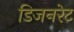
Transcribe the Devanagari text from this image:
डिजनरेट